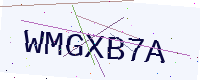
Text: WMGXB7A